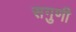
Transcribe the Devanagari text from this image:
सगुणी